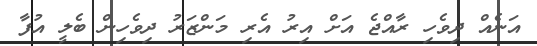
އަނެއް ދިވެހި ރާއްޖެ އަށް އިރު އެރި މަންޒަރު ދިވެހިން ބެލީ އުފާ